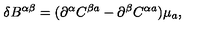
\delta B ^ { \alpha \beta } = ( \partial ^ { \alpha } C ^ { \beta a } - \partial ^ { \beta } C ^ { \alpha a } ) \mu _ { a } ,